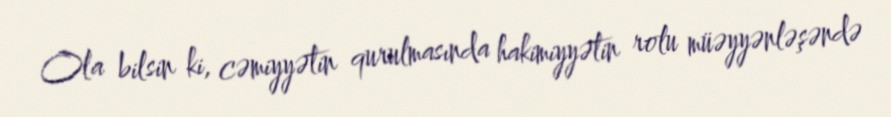
Ola bilsin ki, cəmiyyətin qurulmasında hakimiyyətin rolu müəyyənləşəndə